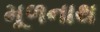
મૂળનાથ